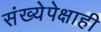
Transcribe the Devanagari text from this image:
संख्येपेक्षाही